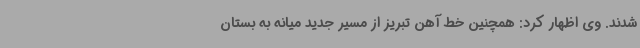
شدند. وی اظهار کرد: همچنین خط آهن تبریز از مسیر جدید میانه به بستان